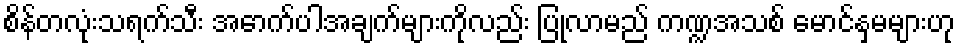
စိန်တလုံးသရက်သီး အောက်ပါအချက်များကိုလည်း ပြုလာမည် ကဏ္ဍအသစ် မောင်နှမများဟု